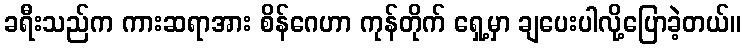
ခရီးသည်က ကားဆရာအား စိန်ဂေဟာ ကုန်တိုက် ရှေ့မှာ ချပေးပါလို့ပြောခဲ့တယ်။